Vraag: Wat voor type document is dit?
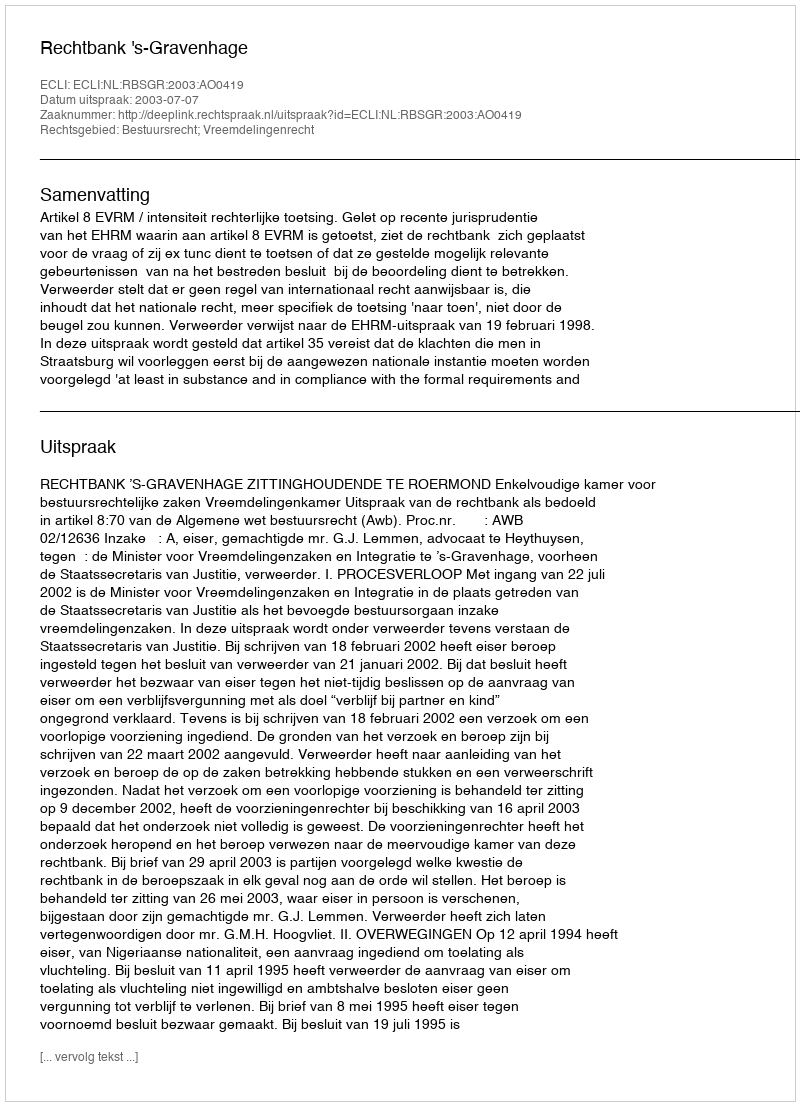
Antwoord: Uitspraak